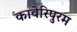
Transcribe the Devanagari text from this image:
कावेरिपुरम